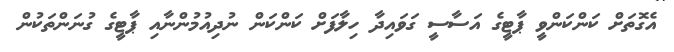
އެގޮތަށް ކަންކަންވީ ޕާޓީގެ އަސާސީ ގަވައިދާ ހިލާފަށް ކަންކަން ނުދިއުމުންނާއި ޕާޓީގެ ގުނަންތަކުން